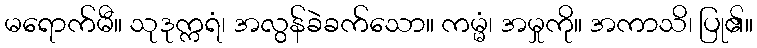
မရောက်မီ။ သုဒုက္ကရံ၊ အလွန်ခဲခက်သော။ ကမ္မံ၊ အမှုကို။ အကာသိ၊ ပြု၏။